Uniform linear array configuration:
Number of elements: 24
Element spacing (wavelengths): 0.75
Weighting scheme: uniform
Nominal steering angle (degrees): -60
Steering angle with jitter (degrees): -59.241
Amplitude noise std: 0.05
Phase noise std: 0.05

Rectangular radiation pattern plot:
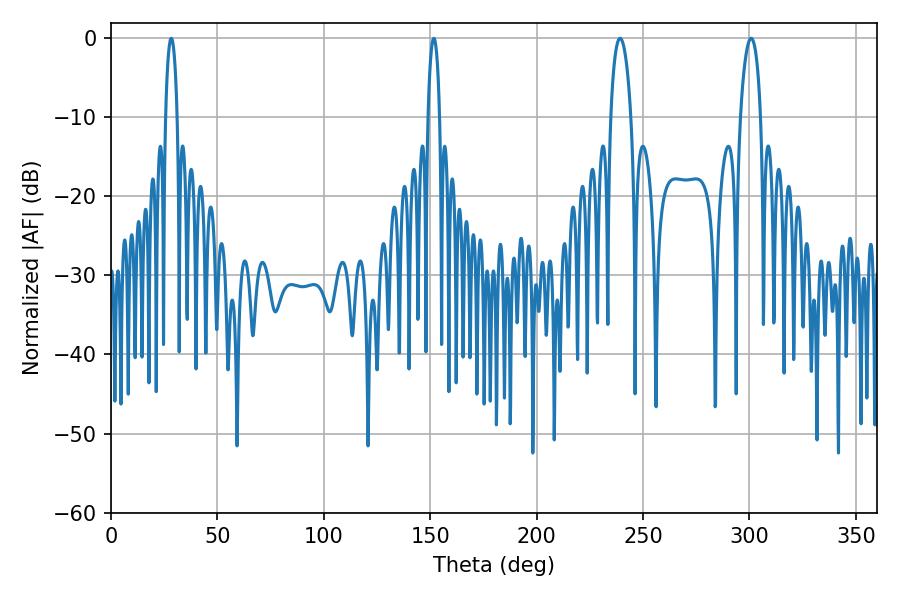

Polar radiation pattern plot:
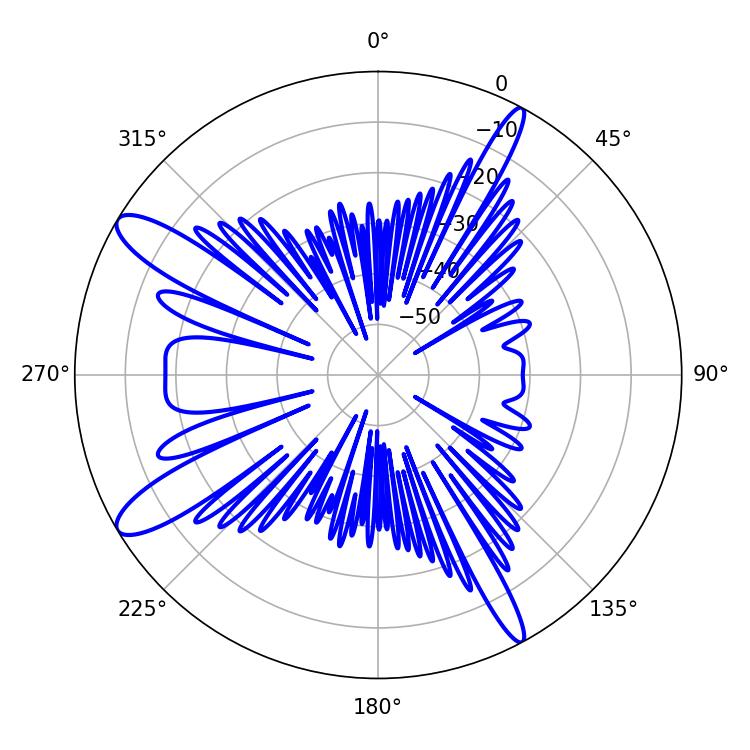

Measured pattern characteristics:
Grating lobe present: TRUE
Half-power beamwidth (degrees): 5.4
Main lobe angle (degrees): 239.22